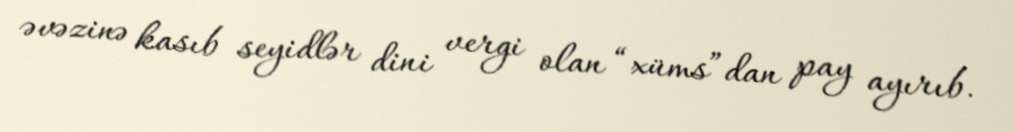
əvəzinə kasıb seyidlər dini vergi olan “xüms”dan pay ayırıb.